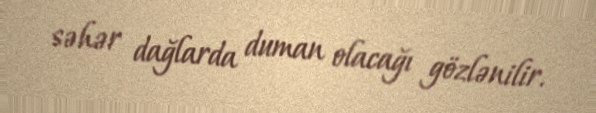
səhər dağlarda duman olacağı gözlənilir.